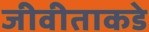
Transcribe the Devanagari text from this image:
जीवीताकडे